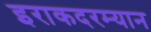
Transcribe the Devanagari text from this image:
इराकदरम्यान